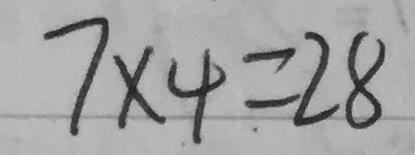
7 \times 4 = 2 8